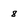
Character: 8